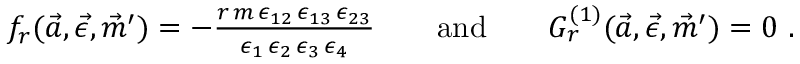
\begin{array} { r } { f _ { r } ( \vec { a } , \vec { \epsilon } , \vec { m } ^ { \prime } ) = - \frac { r \, m \, \epsilon _ { 1 2 } \, \epsilon _ { 1 3 } \, \epsilon _ { 2 3 } } { \epsilon _ { 1 } \, \epsilon _ { 2 } \, \epsilon _ { 3 } \, \epsilon _ { 4 } } \qquad \mathrm { a n d } \qquad G _ { r } ^ { ( 1 ) } ( \vec { a } , \vec { \epsilon } , \vec { m } ^ { \prime } ) = 0 \ . } \end{array}